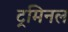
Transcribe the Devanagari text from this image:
ट्रमिनल